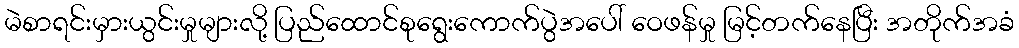
မဲစာရင်းမှားယွင်းမှုများလို့ ပြည်ထောင်စုရွေးကောက်ပွဲအပေါ် ဝေဖန်မှု မြင့်တက်နေပြီး အတိုက်အခံ